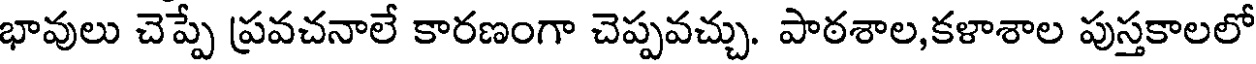
భావులు చెప్పే ప్రవచనాలే కారణంగా చెప్పవచ్చు. పాఠశాల,కళాశాల పుస్తకాలలో